Madras plague regulations in force outside the Presidency town - Volume 6
Disease focus: Plague
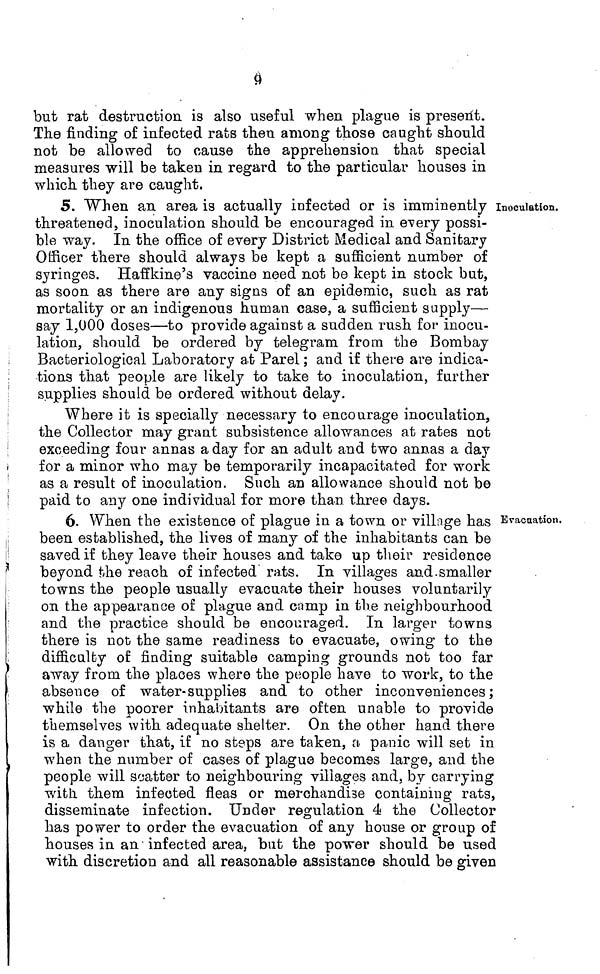
9
but rat destruction is also useful when plague is present.
The finding of infected rats then among those caught should
not be allowed to cause the apprehension that special
measures will be taken in regard to the particular houses in
which they are caught.
5. When an area is actually infected or is imminently
threatened, inoculation should be encouraged in every possi-
ble way. In the office of every District Medical and Sanitary
Officer there should always be kept a sufficient number of
syringes. Haffkine's vaccine need not be kept in stock but,
as soon as there are any signs of an epidemic, such as rat
mortality or an indigenous human case, a sufficient supply—
say 1,000 doses—to provide against a sudden rush for inocu-
lation, should be ordered by telegram from the Bombay
Bacteriological Laboratory at Parel; and if there are indica-
tions that people are likely to take to inoculation, further
supplies should be ordered without delay.
Inoculation.
Where it is specially necessary to encourage inoculation,
the Collector may grant subsistence allowances at rates not
exceeding four annas a day for an adult and two annas a day
for a minor who may be temporarily incapacitated for work
as a result of inoculation. Such an allowance should not be
paid to any one individual for more than three days.
6. When the existence of plague in a town or village has
been established, the lives of many of the inhabitants can be
saved if they leave their houses and take up their residence
beyond the reach of infected rats. In villages and smaller
towns the people usually evacuate their houses voluntarily
on the appearance of plague and camp in the neighbourhood
and the practice should be encouraged. In larger towns
there is not the same readiness to evacuate, owing to the
difficulty of finding suitable camping grounds not too far
away from the places where the people have to work, to the
absence of water-supplies and to other inconveniences;
while the poorer inhabitants are often unable to provide
themselves with adequate shelter. On the other hand there
is a danger that, if no steps are taken, a panic will set in
when the number of cases of plague becomes large, and the
people will scatter to neighbouring villages and, by carrying
with, them infected fleas or merchandise containing rats,
disseminate infection. Under regulation 4 the Collector
has power to order the evacuation of any house or group of
houses in an infected area, but the power should be used
with discretion and all reasonable assistance should be given
Evacuation.